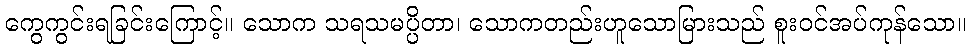
ကွေကွင်းရခြင်းကြောင့်။ သောက သရသမပ္ပိတာ၊ သောကတည်းဟူသောမြားသည် စူးဝင်အပ်ကုန်သော။